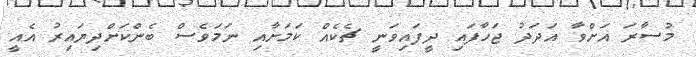
މުސާރަ އަށްވާ އަދަދު ޖަހާފައި ދީފައިވަނީ ޗެކެއް ކަމަށާއި ނަމަވެސް ބެންކަށްދިޔައިރު އެއީ